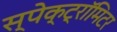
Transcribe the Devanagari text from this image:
स्पेक्ट्रॉमिटर